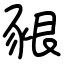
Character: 豤